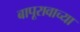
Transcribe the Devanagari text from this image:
बापूरावाच्या